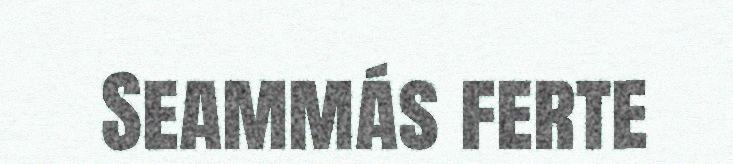
Seammás ferte